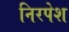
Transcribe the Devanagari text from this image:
निरपेश